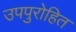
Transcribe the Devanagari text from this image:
उपपुरोहित